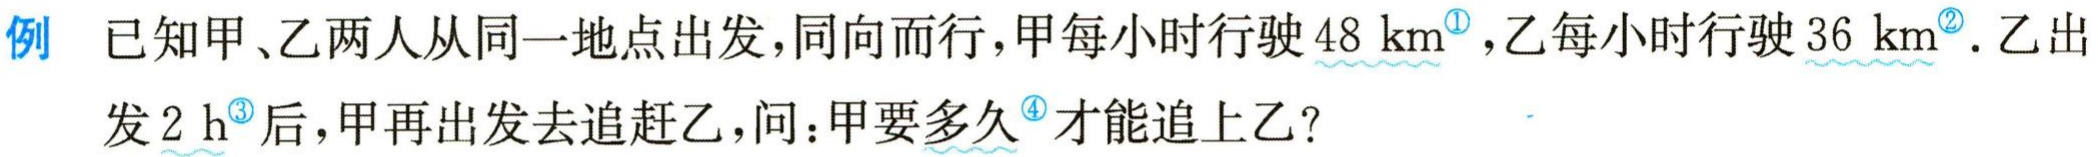
例 已知甲、乙两人从同一地点出发，同向而行，甲每小时行驶\(48\mathrm{km}^{\textcircled{1}}\)，乙每小时行驶\(36\mathrm{km}^{\textcircled{2}}\). 乙出发\(2\mathrm{h}^{\textcircled{3}}\)后，甲再出发去追赶乙，问：甲要多久\(^{\textcircled{4}}\)才能追上乙？